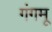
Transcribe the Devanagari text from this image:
गंगमू